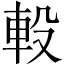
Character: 軗